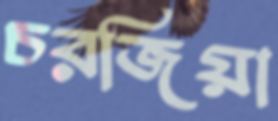
চরজিয়া